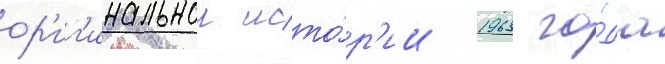
ор'иг'инальнои исто́р'ии 1963 го́да